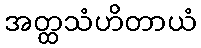
အတ္ထသံဟိတာယံ